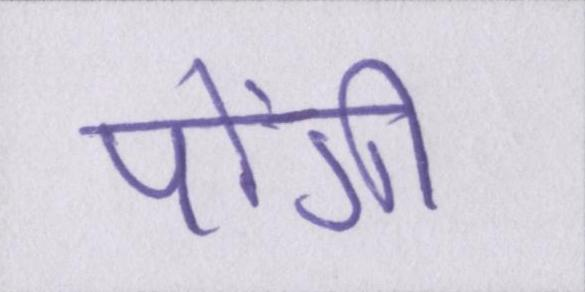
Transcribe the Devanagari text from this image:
पोंगी